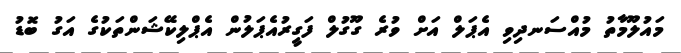
މައުލޫމާތު މުއްސަނދިވި އެޕަލް އަށް ވުރެ ގޫގުލް ފަގީރުއެޕަލުން އެޕްލިކޭޝަންތަކުގެ އަގު ބޮޑު